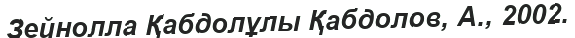
Зейнолла Қабдолұлы Қабдолов, А., 2002.